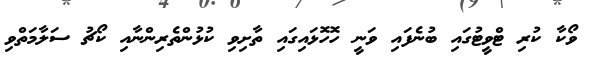
ވޯކާ ކުރި ޓްވީޓުގައި ބުނެފައި ވަނީ ހޮހޮޅައިގައި ތާށިވި ކުޅުންތެރިންނާއި ކޯޗު ސަލާމަތްވި